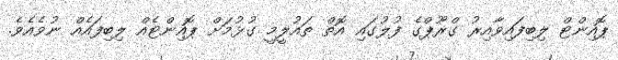
ޕޮއިންޓް ލިބިފައިވާއިރު ގްރޫޕްގެ ފުލުގައި އޮތް ތައުލީމީ ގުޅުމަށް ޕޮއިންޓެއް ލިބިފައެއް ނުވެއެވެ.